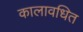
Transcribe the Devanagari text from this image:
कालावधित